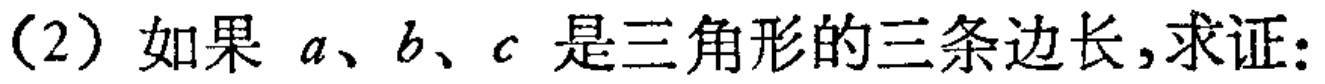
(2) 如果 \(a、b、c\) 是三角形的三条边长,求证: